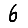
Digit: 6